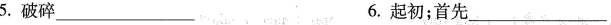
5.破碎\underline6.起初；首先\underline